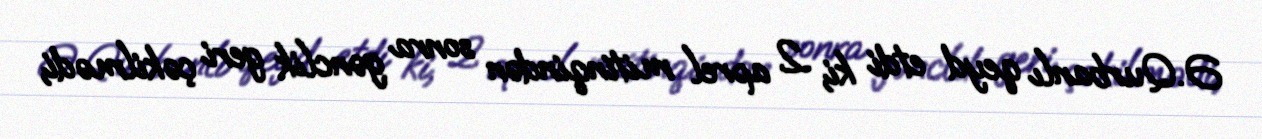
Ə.Qurbanlı qeyd etdi ki, 2 aprel mitinqindən sonra gənclik geri çəkilmədi,